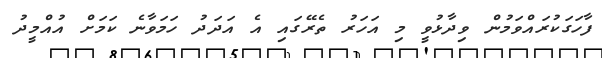
ފާހަގަކުރައްވަމުން ވިދާޅުވީ މި އަހަރު ތެރޭގައި އެ އަދަދު ހަމަވާނެ ކަމަށް އުއްމީދު